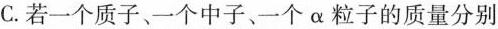
C.若一个质子、一个中子、一个α粒子的质量分别